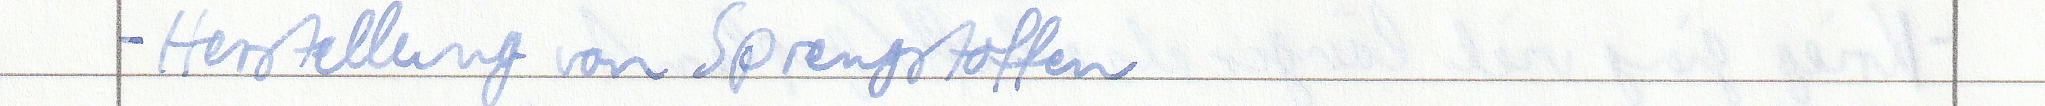
- Herstellung von Sprengstoffen